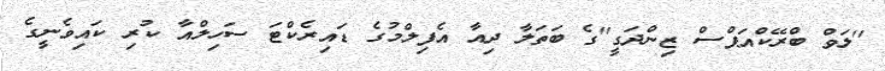
''ލަވް ބްރޭކްއަޕްސް ޒިންދަގީ''ގެ ބަތަލާ ދިއާ އެފިލްމުގެ ޑައިރެކްޓަ ސަހިލްއާ ކުރި ކައިވެނީގެ